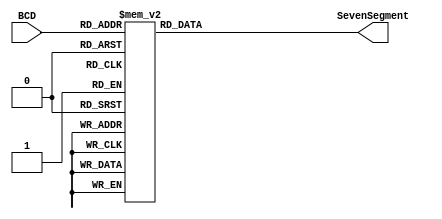
//------------------------------------------------------------------------------
// Decodes BCD to Seven Segement Display Format
// Decodes a BDC digit so that it can be displayed on a seven segment display
// Taken from code provided for EEE4120F prac4
//------------------------------------------------------------------------------



module BCD_Decoder(
    input [3:0]BCD,
    output reg [6:0]SevenSegment
);
//------------------------------------------------------------------------------
// Combinational circuit to convert BCD input to seven-segment output
always @(BCD) 
begin
case(BCD)
    // gfedcba
    4'd0 : SevenSegment <= 7'b0111111;  //     a
    4'd1 : SevenSegment <= 7'b0000110;  //    ----
    4'd2 : SevenSegment <= 7'b1011011;  //   |   |
    4'd3 : SevenSegment <= 7'b1001111;  //  f| g |b
    4'd4 : SevenSegment <= 7'b1100110;  //    ----
    4'd5 : SevenSegment <= 7'b1101101;  //   |   |
    4'd6 : SevenSegment <= 7'b1111101;  //  e|   |c
    4'd7 : SevenSegment <= 7'b0000111;  //    ----
    4'd8 : SevenSegment <= 7'b1111111;  //      d
    4'd9 : SevenSegment <= 7'b1101111;
default: SevenSegment <= 7'b0000000;
endcase
end
//--------------------------------------------------------------
endmodule